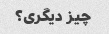
چیز دیگری؟